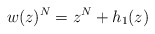
\begin{align*}w(z)^N=z^N+h_1(z)\end{align*}